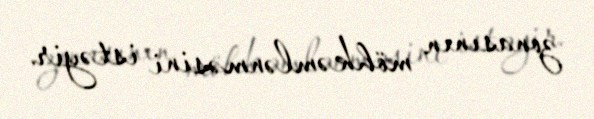
zonasının möhkəmlənməsini istəyir.